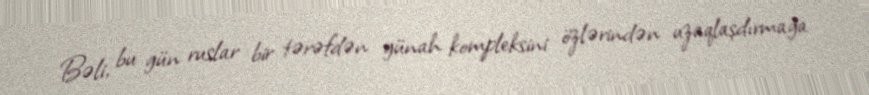
Bəli, bu gün ruslar bir tərəfdən günah kompleksini özlərindən uzaqlaşdırmağa